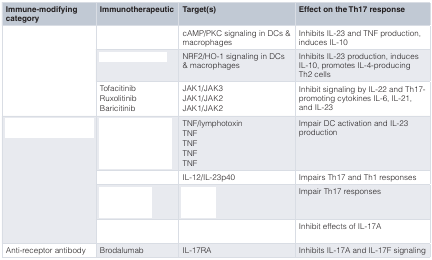
<table><thead><tr><td><b>Immune-modifyingcategory</b></td><td><b>Immunotherapeutic</b></td><td><b>Target(s)</b></td><td><b>Effect on the Th17 response</b></td></tr></thead><tbody><tr><td rowspan="3">[EMPTY_CELL]</td><td>[EMPTY_CELL]</td><td>cAMP/PKC signaling in DCs &amp;macrophages</td><td>Inhibits IL-23 and TNF production,induces IL-10</td></tr><tr><td>[EMPTY_CELL]</td><td>NRF2/HO-1 signaling in DCs&amp; macrophages</td><td>Inhibits IL-23 production, inducesIL-10, promotes IL-4-producingTh2 cells</td></tr><tr><td>TofacitinibRuxolitinibBaricitinib</td><td>JAK1/JAK3JAK1/JAK2JAK1/JAK2</td><td>Inhibit signaling by IL-22 and Th17-promoting cytokines IL-6, IL-21,and IL-23</td></tr><tr><td rowspan="4">[EMPTY_CELL]</td><td>[EMPTY_CELL]</td><td>TNF/lymphotoxinTNFTNFTNFTNF</td><td>Impair DC activation and IL-23production</td></tr><tr><td>[EMPTY_CELL]</td><td>IL-12/IL-23p40</td><td>Impairs Th17 and Th1 responses</td></tr><tr><td>[EMPTY_CELL]</td><td>[EMPTY_CELL]</td><td>Impair Th17 responses</td></tr><tr><td>[EMPTY_CELL]</td><td>[EMPTY_CELL]</td><td>Inhibit effects of IL-17A</td></tr><tr><td>Anti-receptor antibody</td><td>Brodalumab</td><td>IL-17RA</td><td>Inhibits IL-17A and IL-17F signaling</td></tr></tbody></table>